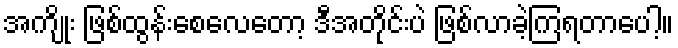
အကျိုး ဖြစ်ထွန်းစေလေတော့ ဒီအတိုင်းပဲ ဖြစ်လာခဲ့ကြရတာပေါ့။